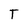
Character: T